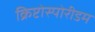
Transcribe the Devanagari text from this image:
क्रिप्टोस्पोरीडम